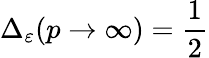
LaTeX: \Delta_{\varepsilon}(p\rightarrow\infty)=\frac{1}{2}